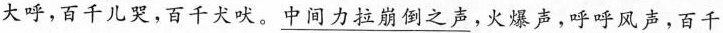
大呼，百千儿哭，百千犬吠。\underline{中间力拉崩倒之声}，火爆声，呼呼风声，百千